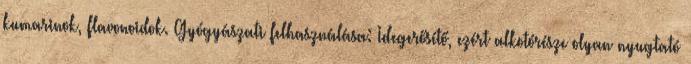
kumarinok, flavonoidok. Gyógyászati felhasználása: Idegerősítő, ezért alkotórésze olyan nyugtató